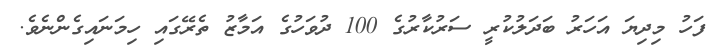
ފަހު މިދިޔަ އަހަރު ބަދަލުކުރީ ސަރުކާރުގެ 100 ދުވަހުގެ އަމާޒު ތެރޭގައި ހިމަނައިގެންނެވެ.